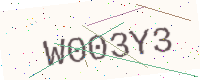
Text: W003Y3